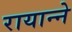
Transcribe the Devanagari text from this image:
रायान्ने